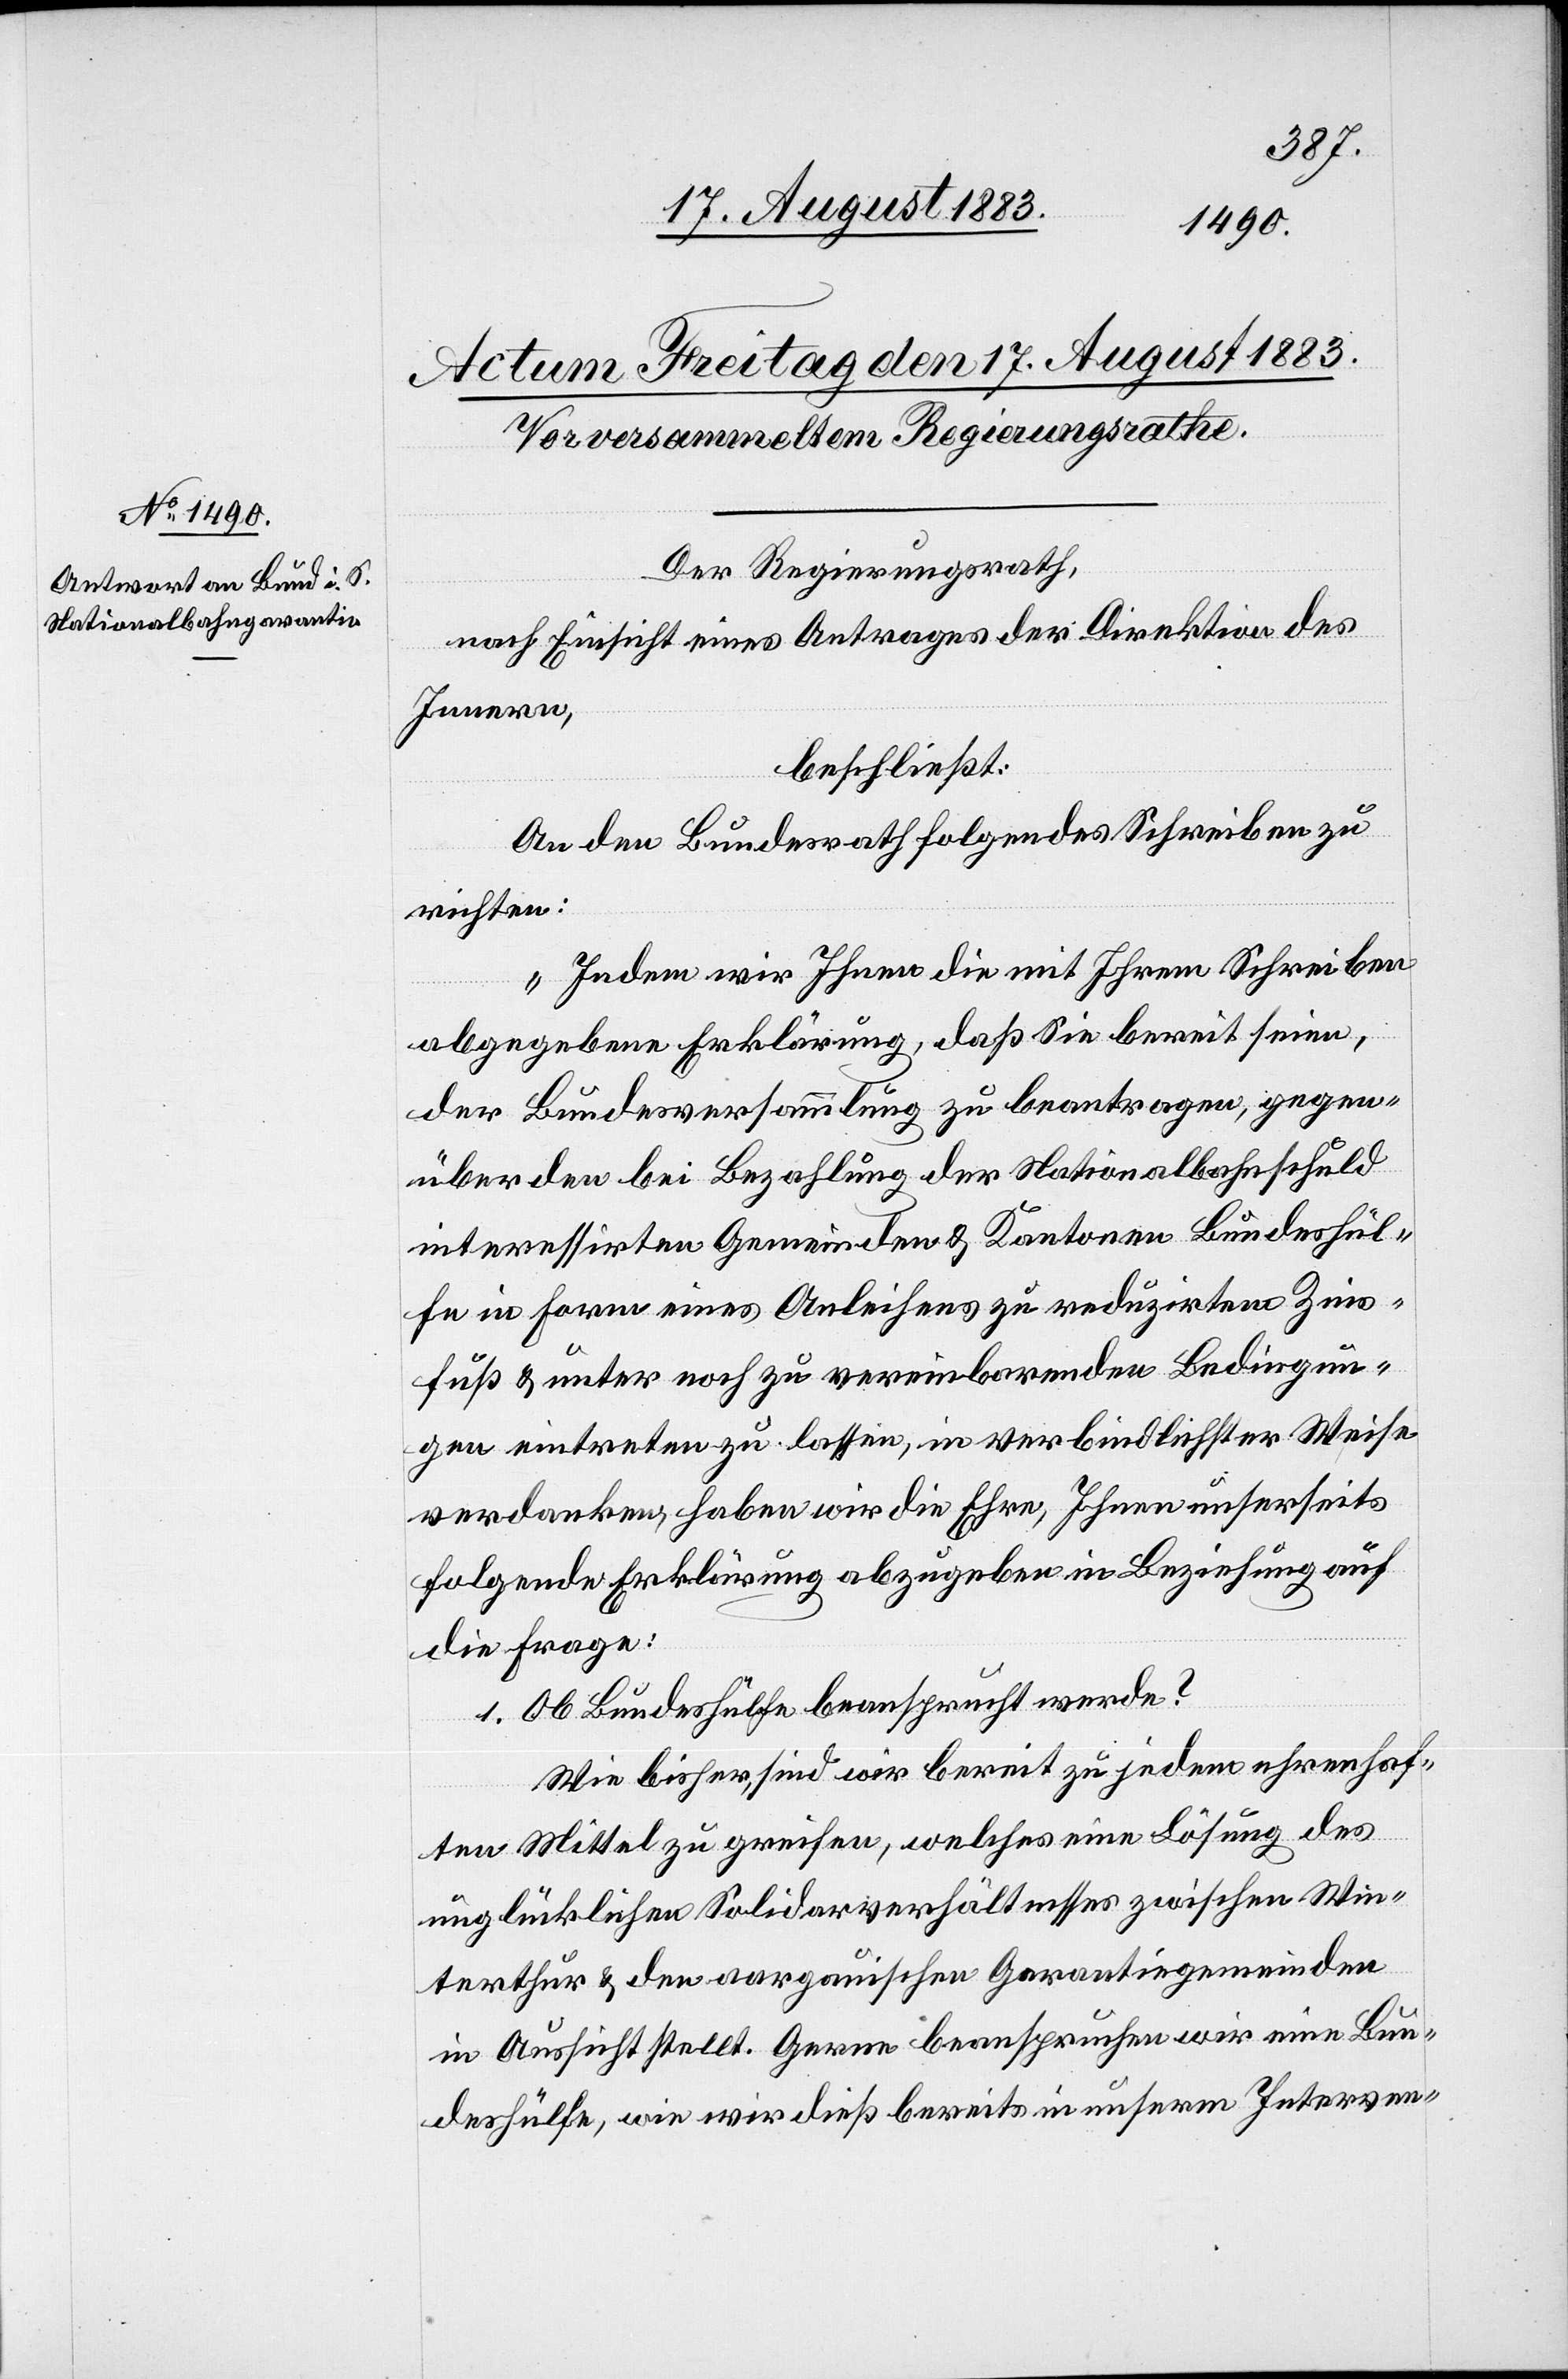
Der Regierungsrath,
nach Einsicht eines Antrages der Direktion des
Innern,
beschließt:
An den Bundesrath folgendes Schreiben zu
richten:
„Indem wir Ihnen die mit Ihrem Schreiben
abgegebene Erklärung, daß Sie bereit seien,
der Bundesversammlung zu beantragen, gegen¬
über den bei Bezahlung der Nationalbahnschuld
interessirten Gemeinden & Kantonen Bundeshül¬
fe in Form eines Anleihens zu reduzirtem Zins¬
fuß & unter noch zu vereinbarenden Bedingun¬
gen eintreten zu lassen, in verbindlichster Weise
verdanken, haben wir die Ehre, Ihnen unserseits
folgende Erklärung abzugeben in Beziehung auf
die Frage:
1. Ob Bundeshülfe beansprucht werde?
Wie bisher, sind wir bereit zu jedem ehrenhaf¬
ten Mittel zu greifen, welches eine Lösung des
unglücklichen Solidarverhältnisses zwischen Win¬
terthur & den aargauischen Garantiegemeinden
in Aussicht stellt. Gerne beanspruchen wir eine Bun¬
deshülfe, wie wir dieß bereits in unserm Interven-